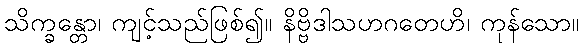
သိက္ခန္တော၊ ကျင့်သည်ဖြစ်၍။ နိဗ္ဗိဒါသဟဂတေဟိ၊ ကုန်သော။